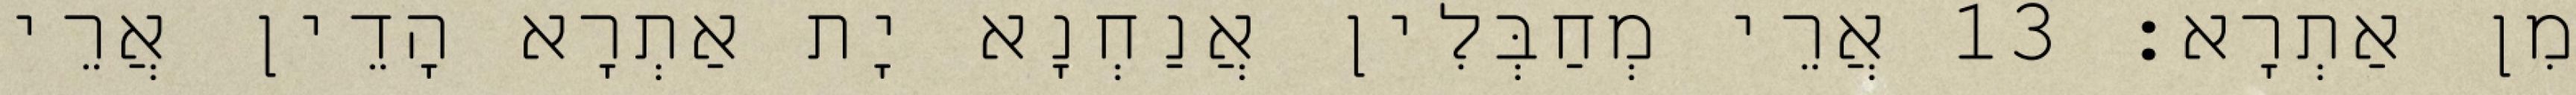
מִן אַתְרָא׃ 13 אֲרֵי מְחַבְּלִין אֲנַחְנָא יָת אַתְרָא הָדֵין אֲרֵי